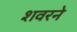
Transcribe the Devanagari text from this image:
शवरने